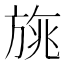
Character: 旐